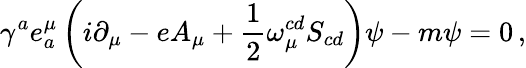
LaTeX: {\gamma}^{a}e_{a}^{\mu}\left(i\partial_{\mu}-eA_{\mu}+\frac{1}{2}\omega_{\mu}^{cd}S_{cd}\right)\psi-m\psi=0\, ,